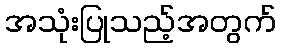
အသုံးပြုသည့်အတွက်